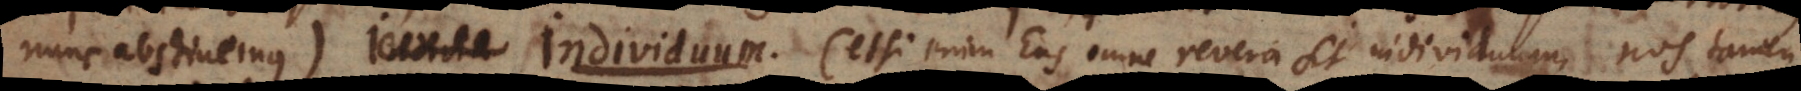
nunc abstinemus). Individuum (etsi enim Ens omne revera sit individuum, nos tamen